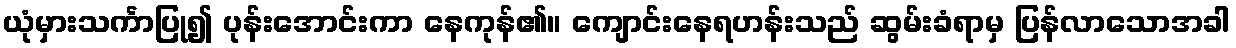
ယုံမှားသင်္ကာပြု၍ ပုန်းအောင်းကာ နေကုန်၏။ ကျောင်းနေရဟန်းသည် ဆွမ်းခံရာမှ ပြန်လာသောအခါ